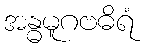
အန္ဓမူဂဗဓိရံ